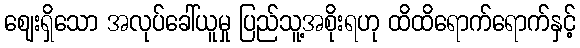
ဈေးရှိသော အလုပ်ခေါ်ယူမှု ပြည်သူ့အစိုးရဟု ထိထိရောက်ရောက်နှင့်